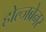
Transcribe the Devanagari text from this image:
होल्जब्रेनर